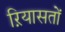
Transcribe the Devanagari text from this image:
ऱियासतों